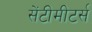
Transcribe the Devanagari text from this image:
सेंटीमीटर्स